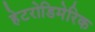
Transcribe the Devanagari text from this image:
हेटरोडिमेरिक